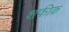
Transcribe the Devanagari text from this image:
शफीक़